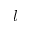
l